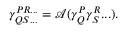
\begin{array} { r } { \gamma _ { Q S . . . } ^ { P R . . . } = \mathcal A ( \gamma _ { Q } ^ { P } \gamma _ { S } ^ { R } . . . ) . } \end{array}